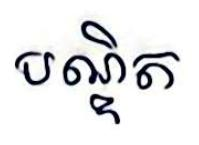
បណ្ឌិត